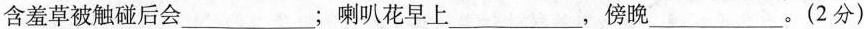
含羞草被触碰后会___；喇叭花早上___，傍晚___。(2分)